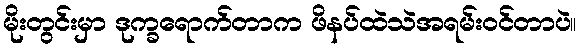
မိုးတွင်းမှာ ဒုက္ခရောက်တာက ဖိနပ်ထဲသဲအရမ်းဝင်တာပဲ။